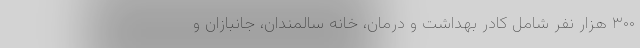
۳۰۰ هزار نفر شامل کادر بهداشت و درمان، خانه سالمندان، جانبازان و